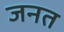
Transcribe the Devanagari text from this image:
जनत